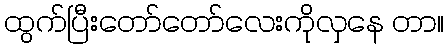
ထွက်ပြီးတော်တော်လေးကိုလှနေ တာ။